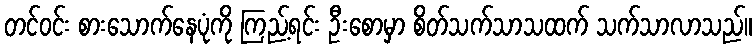
တင်ဝင်း စားသောက်နေပုံကို ကြည့်ရင်း ဦးစောမှာ စိတ်သက်သာသထက် သက်သာလာသည်။